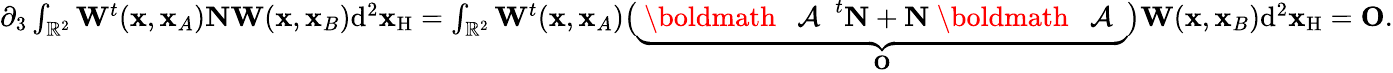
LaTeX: \begin{array}{r}{\partial_{3}\int_{{\mathbb{R}}^{2}}{\mathbf W}^{t}({\mathbf x},{\mathbf x}_{A}){\mathbf N}{\mathbf W}({\mathbf x},{\mathbf x}_{B})\mathrm{d}^{2}{\mathbf x}_{\mathrm{H}}=\int_{{\mathbb{R}}^{2}}{\mathbf W}^{t}({\mathbf x},{\mathbf x}_{A})\bigl(\underbrace{\mathrm{~\boldmath~{~\cal~A~}~}^{t}{\mathbf N}+{\mathbf N}\mathrm{~\boldmath~{~\cal~A~}~}}_{\mathbf O}\bigr){\mathbf W}({\mathbf x},{\mathbf x}_{B})\mathrm{d}^{2}{\mathbf x}_{\mathrm{H}}={\mathbf O}.}\end{array}